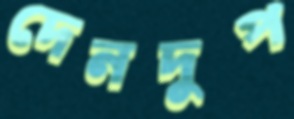
দেনদুপ